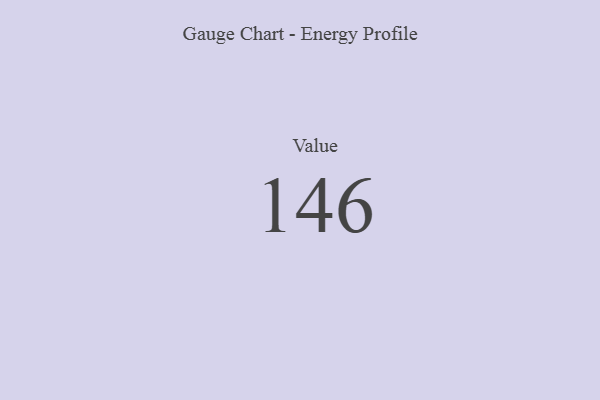
{"axis": {"x": "Metric", "y": "Value"}, "legend": [""], "data": [{"x": "Value", "y": 146, "type": ""}]}